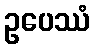
ဥပေဿံ